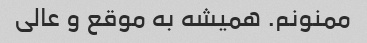
ممنونم. همیشه به موقع و عالی